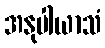
အနုပါယာသံ